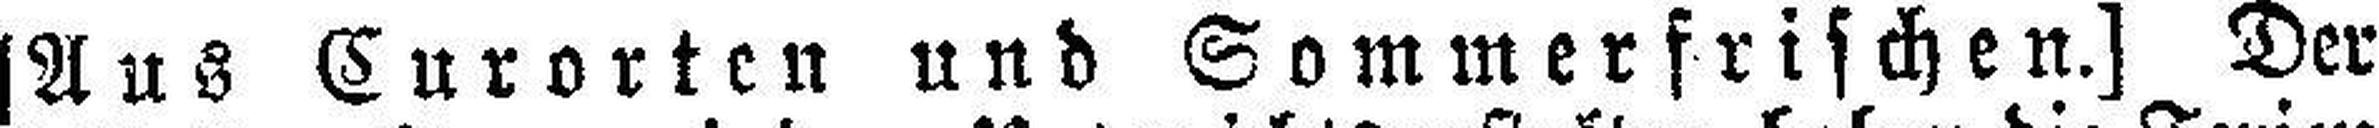
[Aus Curorten und Sommerfrischen.] Der